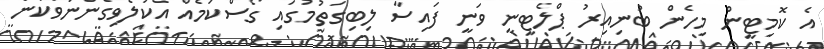
އެ ކޮމިޓީން މިހެން ބުނިއިރު ޕްލެޓިނީ ވަނީ ފައިސާ ލިބިގަތުމުގައި ގޯސްކަމެއް އެކުލެވިގެންނުވާކަން